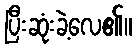
ပြီးဆုံးခဲ့လေ၏။